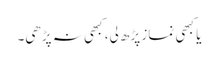
یا کبھی نماز پڑھ لی، کبھی نہ پڑھی۔